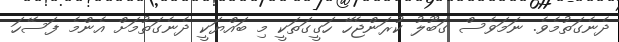
ދެނެގަތުމެވެ. ނަމަވެސް ގަބޫލު ކުރަންޖެހޭ ހަގީގަތަކީ މި ބައްޔަކީ ދެނެގަތުމަށް އެންމެ ފަސޭހަ